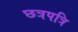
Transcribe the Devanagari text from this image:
छत्रपत्रि